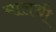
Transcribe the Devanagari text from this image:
मालथी